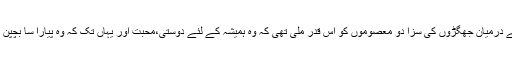
ایک بار پھر بڑوں کے درمیان جھگڑوں کی سزا دو معصوموں کو اس قدر ملی تھی کہ وہ ہمیشہ کے لئے دوستی،محبت اور یہاں تک کہ وہ پیارا سا بچپن بھی کھو بیٹھے تھے۔